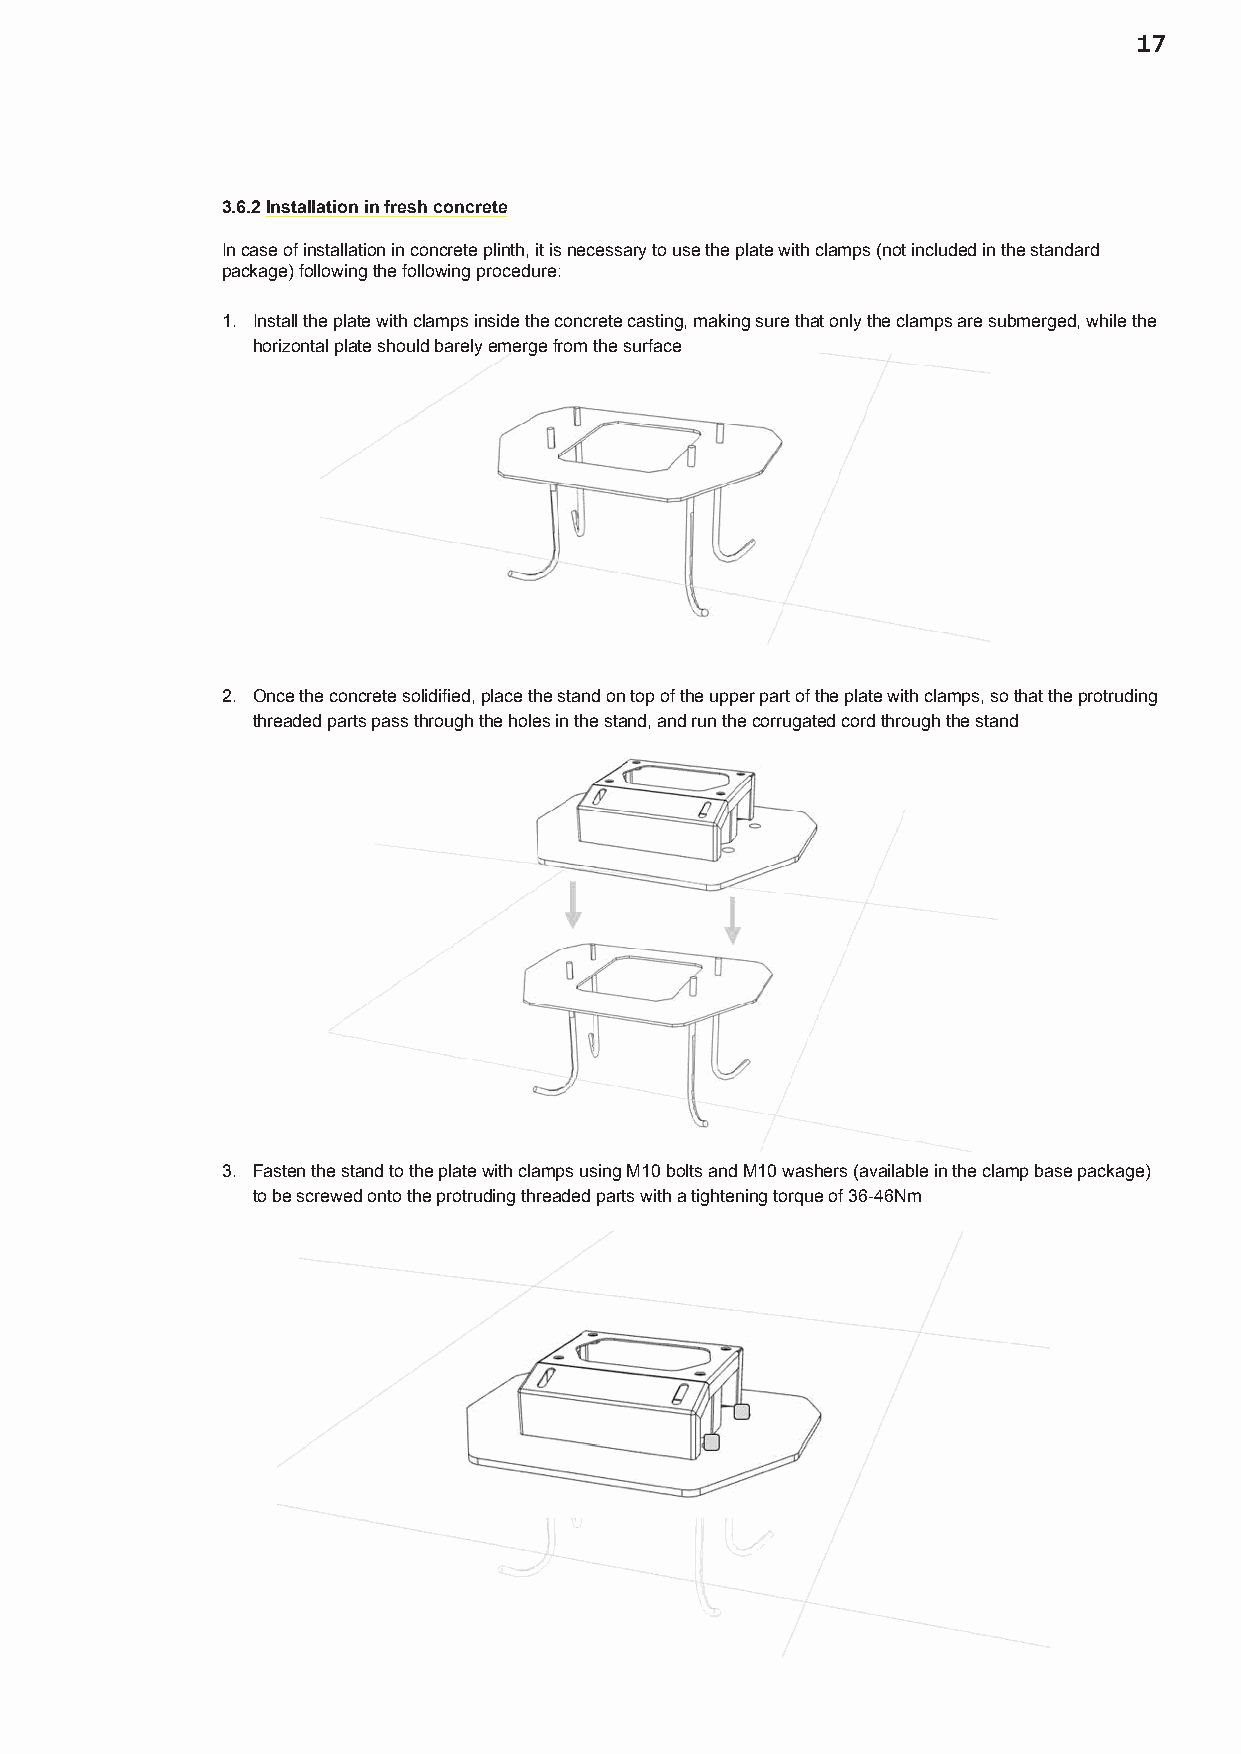
17
 3.6.2 Installation in fresh concrete
 In case of installation in concrete plinth, it is necessary to use the plate with clamps (not included in the standard
 package) following the following procedure:
 1. Install the plate with clamps inside the concrete casting, making sure that only the clamps are submerged, while the
 horizontal plate should barely emerge from the surface
 2. Once the concrete solidified, place the stand on top of the upper part of the plate with clamps, so that the protruding
 threaded parts pass through the holes in the stand, and run the corrugated cord through the stand
 3. Fasten the stand to the plate with clamps using M10 bolts and M10 washers (available in the clamp base package)
 to be screwed onto the protruding threaded parts with a tightening torque of 36-46Nm